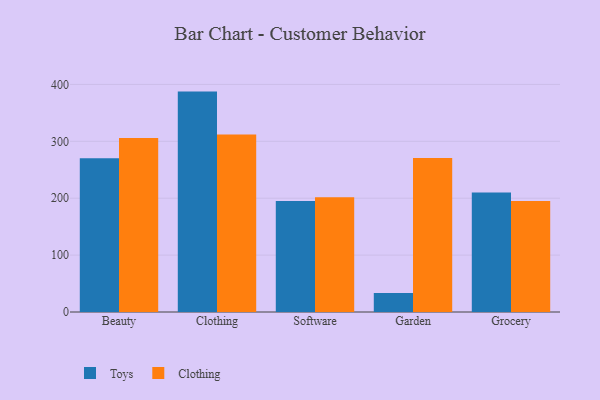
{"axis": {"x": "Category", "y": "Demand Index"}, "legend": ["Clothing", "Toys"], "data": [{"x": "Beauty", "y": 270.1, "type": "Toys"}, {"x": "Beauty", "y": 305.7, "type": "Clothing"}, {"x": "Clothing", "y": 387.4, "type": "Toys"}, {"x": "Clothing", "y": 312.1, "type": "Clothing"}, {"x": "Software", "y": 195.0, "type": "Toys"}, {"x": "Software", "y": 201.6, "type": "Clothing"}, {"x": "Garden", "y": 33.2, "type": "Toys"}, {"x": "Garden", "y": 270.5, "type": "Clothing"}, {"x": "Grocery", "y": 210.0, "type": "Toys"}, {"x": "Grocery", "y": 195.1, "type": "Clothing"}]}